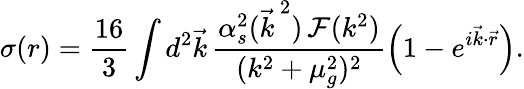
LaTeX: \sigma(r)=\frac{16}{3}\int d^{2}\vec{k}\, \frac{\alpha_{s}^{2}({\vec{k}\, }^{2})\, {\cal F}(k^{2})}{(k^{2}+\mu_{g}^{2})^{2}}\left(1-e^{i\vec{k}\cdot\vec{r}}\right).